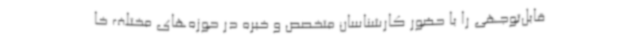
قابل‌توجهی را با حضور کارشناسان متخصص و خبره در حوزه‌های مختلف خا